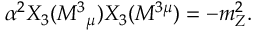
\alpha ^ { 2 } X _ { 3 } ( M ^ { 3 } { } _ { \mu } ) X _ { 3 } ( M ^ { 3 \mu } ) = - m _ { Z } ^ { 2 } .